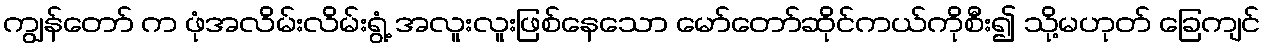
ကျွန်တော် က ဖုံအလိမ်းလိမ်းရွံ့ အလူးလူးဖြစ်နေသော မော်တော်ဆိုင်ကယ်ကိုစီး၍ သို့မဟုတ် ခြေကျင်